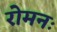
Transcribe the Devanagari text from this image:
रोमनः